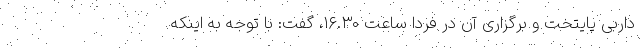
داربی پایتخت و برگزاری آن در فردا ساعت ۱۶.۳۰، گفت: با توجه به اینکه